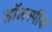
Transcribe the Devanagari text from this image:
लॉलस्पीक